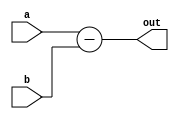
`timescale 1ns / 1ps
//////////////////////////////////////////////////////////////////////////////////
// Company: 
// Engineer: 
// 
// Design Name: 
// Module Name: sub
// Project Name: 
// Target Devices: 
// Tool Versions: 
// Description: 
// 
// Dependencies: 
// 
// Revision:
// Revision 0.01 - File Created
// Additional Comments:
// 
//////////////////////////////////////////////////////////////////////////////////


module sub(output [7:0] out, input [7:0] a,b);
assign out = a-b;
endmodule